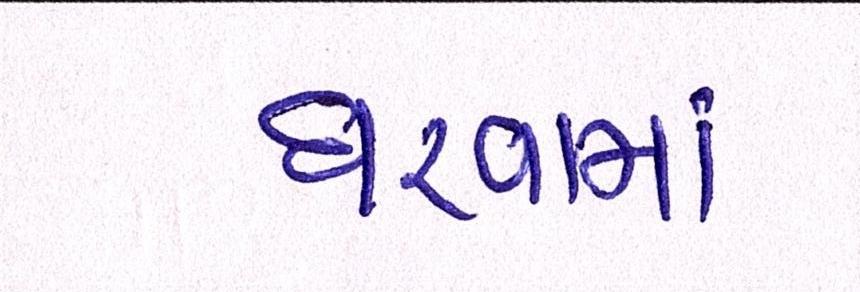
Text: ધરવામાં